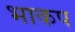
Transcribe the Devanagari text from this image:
भाकप